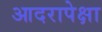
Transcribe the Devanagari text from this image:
आदरापेक्षा